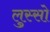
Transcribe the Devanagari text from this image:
लुस्सो